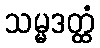
သမ္မဒတ္ထံ